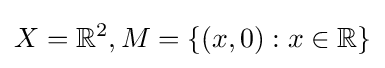
X=\mathbb {R} ^{2},M=\{(x,0):x\in \mathbb {R} \}